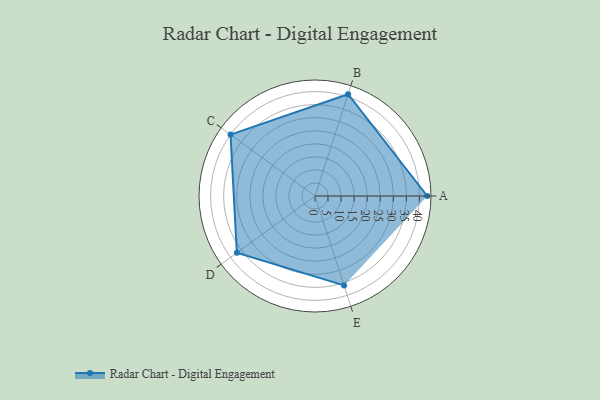
{"axis": {"x": "Skill", "y": "Score"}, "legend": ["Profile"], "data": [{"x": "A", "y": 43.0, "type": "Profile"}, {"x": "B", "y": 41.0, "type": "Profile"}, {"x": "C", "y": 40.0, "type": "Profile"}, {"x": "D", "y": 37.0, "type": "Profile"}, {"x": "E", "y": 36.0, "type": "Profile"}]}